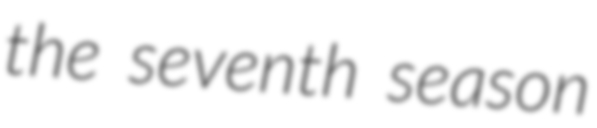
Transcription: the seventh season